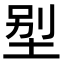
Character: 𡋾